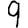
Digit: 9